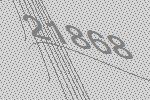
21868